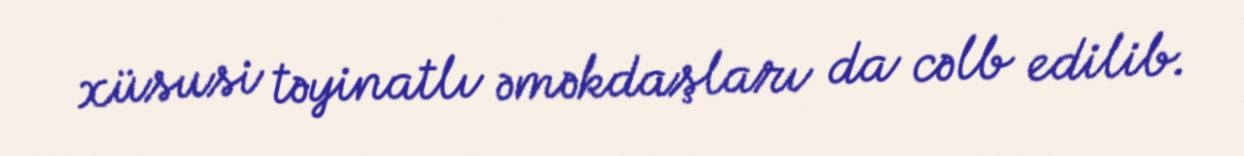
xüsusi təyinatlı əməkdaşları da cəlb edilib.